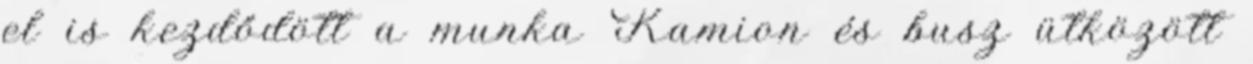
el is kezdődött a munka Kamion és busz ütközött